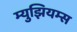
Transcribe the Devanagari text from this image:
म्‍युझियम्‍स